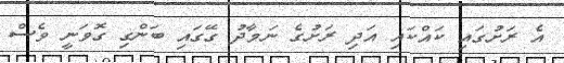
އެ ރަށުގައި ކައްކައި އަދި ރަށުގެ ނަމާދު ގޭގައި ބަންގި ގޮވަނީ ވެސް